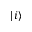
| i \rangle